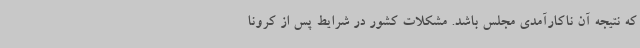
که نتیجه آن ناکارآمدی مجلس باشد. مشکلات کشور در شرایط پس از کرونا